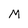
Character: M